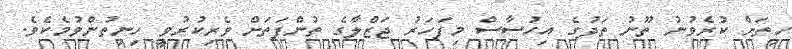
ހިތަށް ކުރެވުނު ތޫނު ތަދުގެ އިހުސާސް މިފަހަރު ޖަޒްލާގެ ތުންފަތަށް ވެރިކުރުވީ ހިނިތުންވުމެކެވެ.